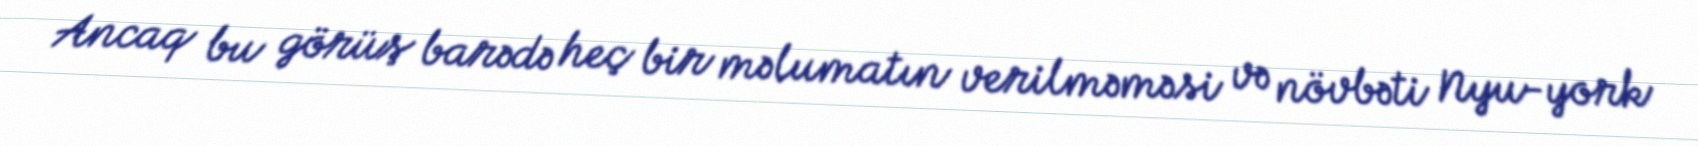
Ancaq bu görüş barədə heç bir məlumatın verilməməsi və növbəti Nyu-york